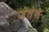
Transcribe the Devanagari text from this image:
जेतेश